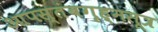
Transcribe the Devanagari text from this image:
आपस्तंबगृह्मसूत्र